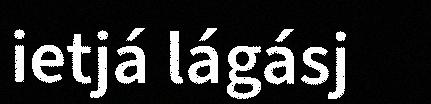
ietjá lágásj